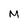
Character: M